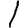
Digit: 1